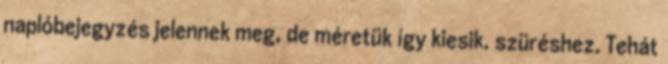
naplóbejegyzés jelennek meg, de méretük így kiesik. szüréshez. Tehát